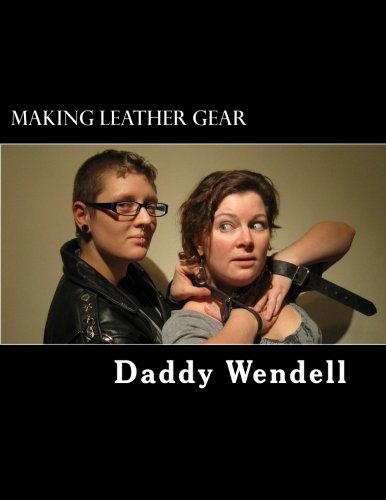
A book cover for Making Leather Gear; Daddy Wendell; Crafts, Hobbies & Home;